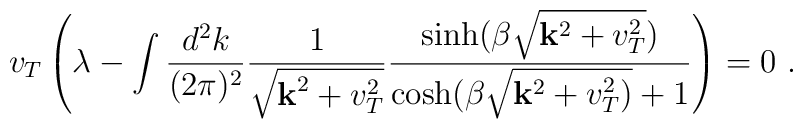
{v_T}\left(\lambda - \int \frac{d^2k}{(2\pi)^2}\frac{1}{\sqrt{{\bf k}^2+v_T^2}}\frac{\sinh(\beta \sqrt{{\bf k}^2+v_T^2})}{\cosh (\beta\sqrt{{\bf k}^2 + v_T^2)}+1}\right)= 0 \, \, .